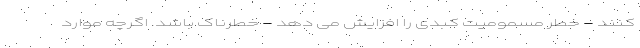
کنند - خطر مسمومیت کبدی را افزایش می دهد - خطرناک باشد. اگرچه موارد